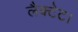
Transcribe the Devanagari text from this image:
लैक्टेट।